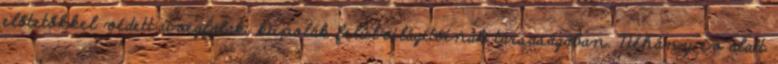
előtetőkkel védett üvegfalak, kupolák felülvilágítóinak társaságában. Néhány év alatt